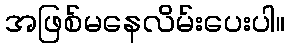
အဖြစ်မနေလိမ်းပေးပါ။